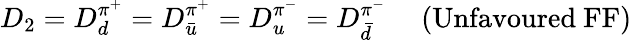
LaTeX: D_{2}=D_{d}^{\pi^{+}}=D_{\bar{u}}^{\pi^{+}}=D_{u}^{\pi^{-}}=D_{\bar{d}}^{\pi^{-}}\ \ \ \ \ (\mathrm{Unfavoured~FF)}